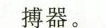
搏器。